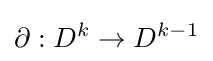
\partial :D^{k}\to D^{k-1}